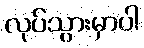
လုပ်သွားမှာပါ